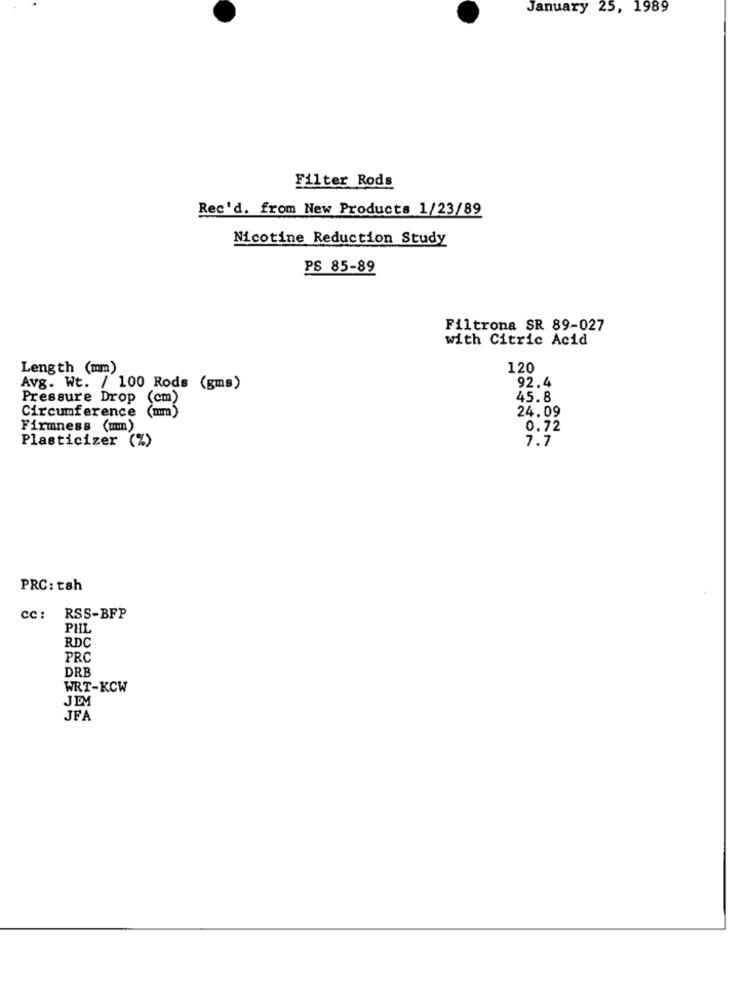
January 25, 1989
Filter Rods
Rec'd. from New Products 1/23/89
Nicotine Reduction Study
PS 85-89
Filtrona SR 89-027
with Citric Acid
Length (mm)
120
92.4
Avg. Wt. / 100 Rods (gms)
Pressure Drop (cm)
45.8
24.09
Circumference (mm)
Firmness (um)
0.72
7.7
Plasticizer (%)
PRC: tsh
cc: RSS-BFP
PHIL
RDC
PRC
DRB
WRT-KCW
JEM
JFA